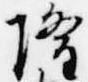
隆